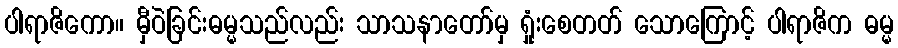
ပါရာဇိကော။ မှီဝဲခြင်းဓမ္မသည်လည်း သာသနာတော်မှ ရှုံးစေတတ် သောကြောင့် ပါရာဇိက ဓမ္မ